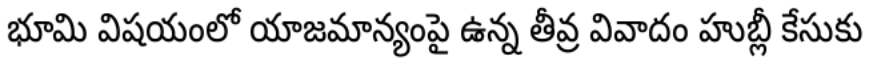
భూమి విషయంలో యాజమాన్యంపై ఉన్న తీవ్ర వివాదం హుబ్లీ కేసుకు